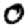
Digit: 0